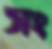
সং